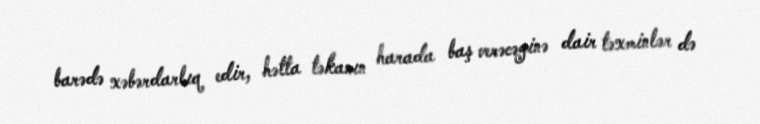
barədə xəbərdarlıq edir, hətta təkanın harada baş verəcəyinə dair təxminlər də